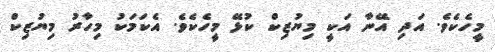
މީހެކެވެ. އަދި އޭނާ އަކީ މިޔުޒިކް ކުޅޭ މީހެކެވެ. އެކަމަކު މިހާރު މިޔުޒިކް